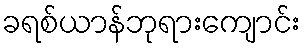
ခရစ်ယာန်ဘုရားကျောင်း